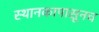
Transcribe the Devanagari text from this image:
स्थानकापासूनच